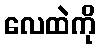
လေထဲကို